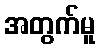
အတွက်မူ